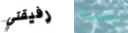
رفيقتي تقييد